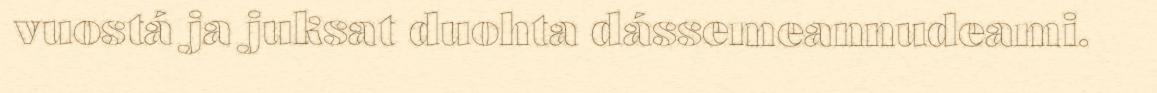
vuostá ja juksat duohta dássemeannudeami.